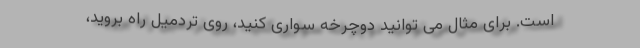
است. برای مثال می‌ توانید دوچرخه‌ سواری کنید، روی تردمیل راه بروید،